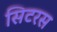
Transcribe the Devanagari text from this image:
सिटरस